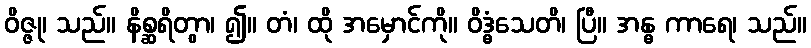
ဝိဇ္ဇု၊ သည်။ နိစ္ဆရိတွာ၊ ၍။ တံ၊ ထို အမှောင်ကို။ ဝိဒ္ဓံသေတိ၊ ပြီ။ အန္ဓ ကာရေ၊ သည်။